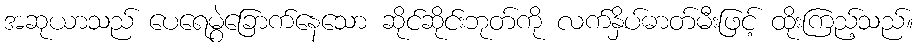
အဆုယာသည် ပေရေမွဲခြောက်နေသော ဆိုင်ဆိုင်းဘုတ်ကို လက်နှိပ်ဓာတ်မီးဖြင့် ထိုးကြည့်သည်။